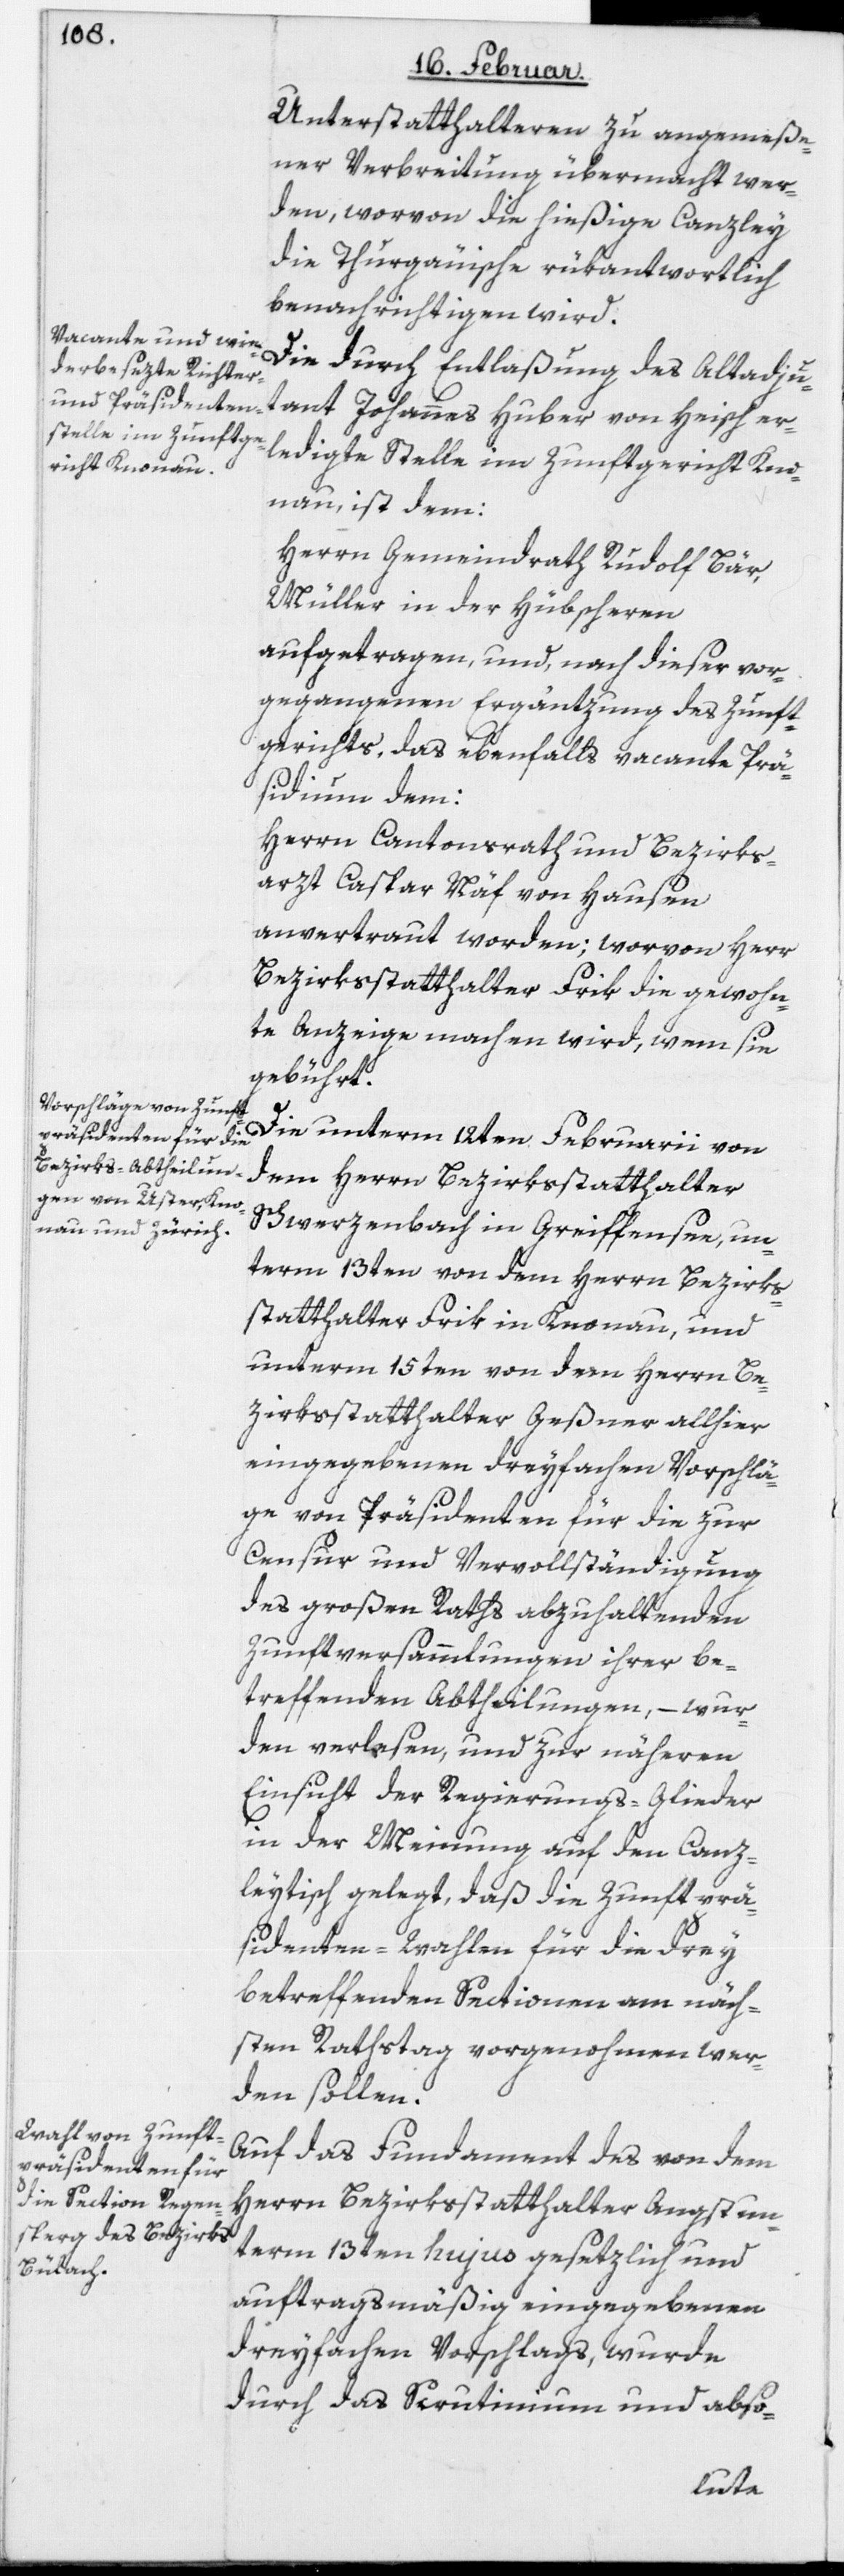
Unterstatthalteren zu angemeße¬
ner Verbreitung übermacht wer¬
den, worvon die hießige Canzley
die Thurgauische rükantwortlich
benachrichtigen wird.
Die durch Entlaßung des alt Adju¬
tant Johannes Huber von Heisch er¬
ledigte Stelle im Zunftgericht Kno¬
nau. ist dem:
Herrn Gemeindrath Rudolf Bär,
Müller in der Hübscheren
aufgetragen, und nach dieser vor¬
gegangenen Ergänzung des Zunft¬
gerichts, das ebenfalls vacante Prä¬
sidium dem:
Herrn Cantonsrath und Bezirks¬
arzt Caspar Näf von Hausen
anvertraut worden; worvon Herr
Bezirksstatthalter Frik die gewohn¬
te Anzeige machen wird, wem sie
gebührt.
Die unterm 12ten Februarii von
dem Herrn Bezirksstatthalter
Schwerzenbach in Greiffensee, un¬
term 13ten von dem Herrn Bezirks¬
statthalter Frik in Knonau und
unterm 15ten von dem Herrn Be¬
zirksstatthalter Geßner allhier
eingegebenen dreyfachen Vorschlä¬
ge von Präsidenten für die zur
Censur und Vervollständigung
des großen Raths abzuhaltenden
Zunftversammlungen ihrer be¬
treffenden Abtheilungen, – wur¬
den verlesen, und zur näheren
Einsicht der Regierungs-Glieder
in der Meinung auf den Canz¬
leytisch gelegt, daß die Zunftprä¬
sidenten-Wahlen für die drey
betreffenden Sectionen am näch¬
sten Rathstag vorgenohmen wer¬
den sollen.
Auf das Fundament des von dem
Herrn Bezirksstatthalter Angst un¬
term 13ten hujus gesetzlich und
auftragsmäßig eingegebenen
dreyfachen Vorschlags, wurde
durch das Scrutinium und abso-